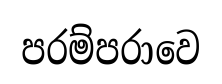
පරම්පරාවෙ